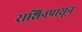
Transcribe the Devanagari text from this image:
राशिनपासून